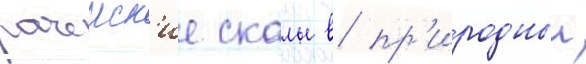
рачеиск'ие скалы в пр'иродныи